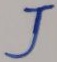
Text: J